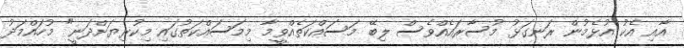
އާއި އެކު އުޅެމުން ރަނގަޅު މުސާރައެއްވެސް ލިބޭ މަސައްކަތެއްވީމާ މިމަސައްކަތުގައި މިކުރިޔަށްދަނީ" މުހައްމަދު